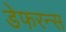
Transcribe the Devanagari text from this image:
डेफरन्स